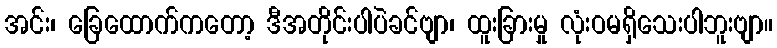
အင်း၊ ခြေထောက်ကတော့ ဒီအတိုင်းပါပဲခင်ဗျာ၊ ထူးခြားမှု လုံးဝမရှိသေးပါဘူးဗျာ။